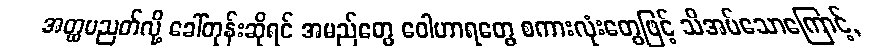
အတ္ထပညတ်လို့ ခေါ်တုန်းဆိုရင် အမည်တွေ ဝေါဟာရတွေ စကားလုံးတွေဖြင့် သိအပ်သောကြောင့်,